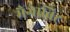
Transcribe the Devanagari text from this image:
मैगाबिट